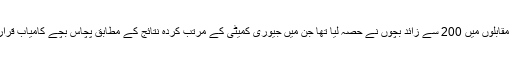
واضح رہے کہ ان مقابلوں میں 200 سے زائد بچوں نے حصہ لیا تھا جن میں جیوری کمیٹی کے مرتب کردہ نتائج کے مطابق پچاس بچے کامیاب قرار دیئے گئے تھے۔